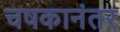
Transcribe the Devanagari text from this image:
चषकानंतर